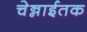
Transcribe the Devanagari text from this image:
चेन्नाईतक